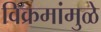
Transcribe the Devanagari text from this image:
विक्रमांमुळे